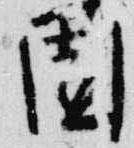
園